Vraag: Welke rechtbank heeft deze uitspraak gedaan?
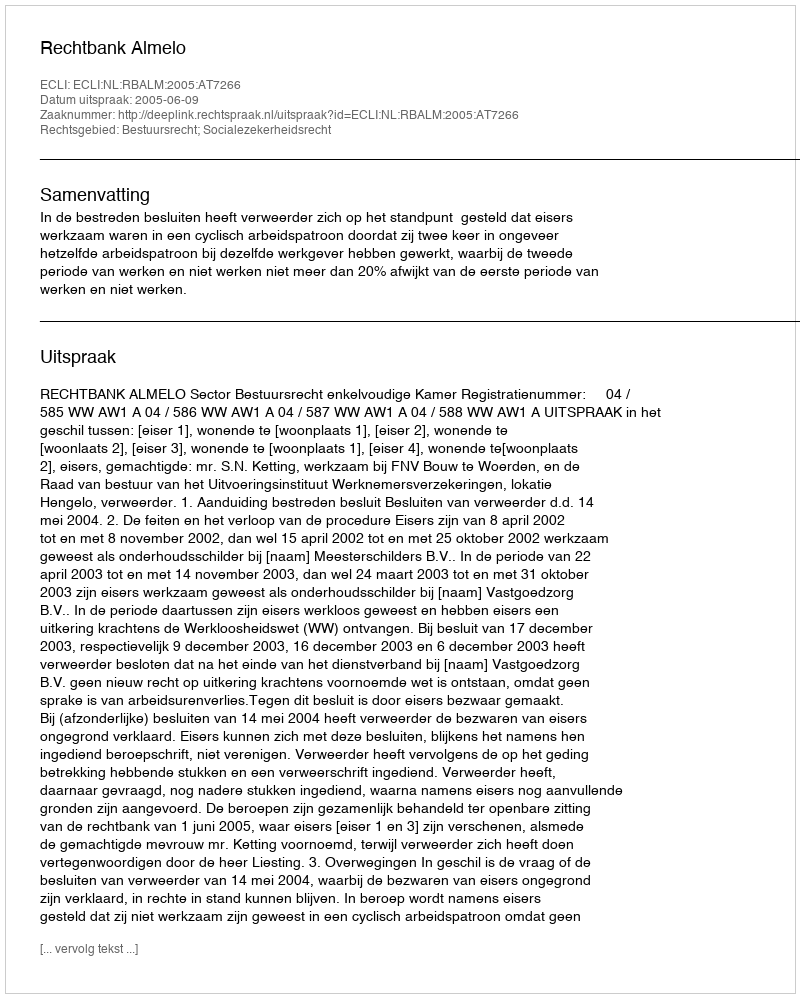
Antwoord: Rechtbank Almelo